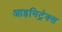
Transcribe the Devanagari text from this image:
आइमिट्रेक्स